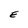
Character: E